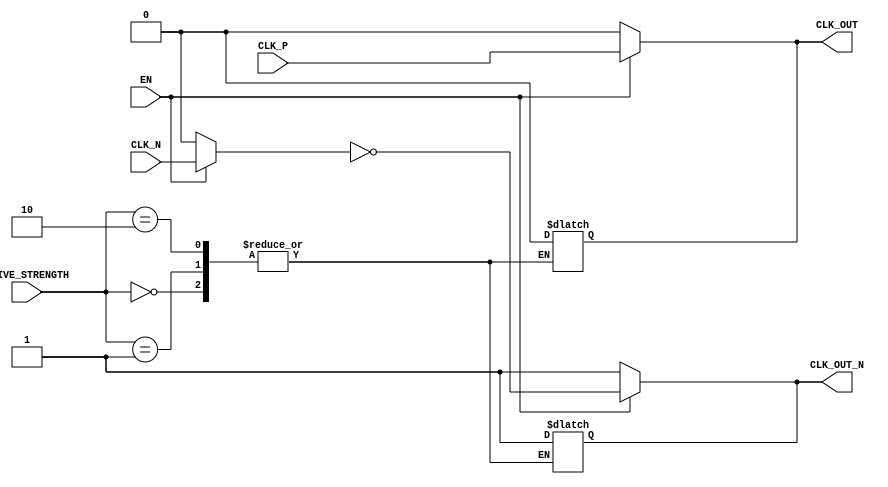
module differential_clock_buffer (
    input wire CLK_P,          // Differential Clock Positive Input
    input wire CLK_N,          // Differential Clock Negative Input
    input wire EN,             // Enable Signal
    input wire [1:0] DRIVE_STRENGTH, // Programmable Drive Strength
    output reg CLK_OUT,        // Single-ended Clock Output
    output reg CLK_OUT_N       // Complementary Clock Output
);

    // Internal signals
    reg clk_p_buf;             // Buffered CLK_P
    reg clk_n_buf;             // Buffered CLK_N

    // Hysteresis and common-mode feedback can be implemented in analog design
    // Here we will simulate the behavior in a digital manner

    // Input Stage: Simple buffer for CLK_P and CLK_N
    always @(*) begin
        if (EN) begin
            clk_p_buf = CLK_P;
            clk_n_buf = CLK_N;
        end else begin
            clk_p_buf = 1'b0; // Low power state
            clk_n_buf = 1'b0; // Low power state
        end
    end

    // Amplification Stage: Simple logic to determine output based on buffered inputs
    always @(*) begin
        if (EN) begin
            // Simple logic to generate outputs based on the buffered inputs
            CLK_OUT = clk_p_buf;          // Output from CLK_P
            CLK_OUT_N = ~clk_n_buf;       // Complementary output from CLK_N
        end else begin
            CLK_OUT = 1'b0;                // Disable output
            CLK_OUT_N = 1'b1;              // Disable complementary output
        end
    end

    // Output Stage: Drive strength control (simplified)
    always @(*) begin
        case (DRIVE_STRENGTH)
            2'b00: begin
                // Low drive strength
                CLK_OUT = CLK_OUT; // Maintain current state
                CLK_OUT_N = CLK_OUT_N; // Maintain current state
            end
            2'b01: begin
                // Medium drive strength
                CLK_OUT = CLK_OUT; // Maintain current state
                CLK_OUT_N = CLK_OUT_N; // Maintain current state
            end
            2'b10: begin
                // High drive strength
                CLK_OUT = CLK_OUT; // Maintain current state
                CLK_OUT_N = CLK_OUT_N; // Maintain current state
            end
            default: begin
                // Default case
                CLK_OUT = 1'b0;
                CLK_OUT_N = 1'b1;
            end
        endcase
    end

endmodule